Indian journal of veterinary science and animal husbandry - Volume 9,
Year: 1939
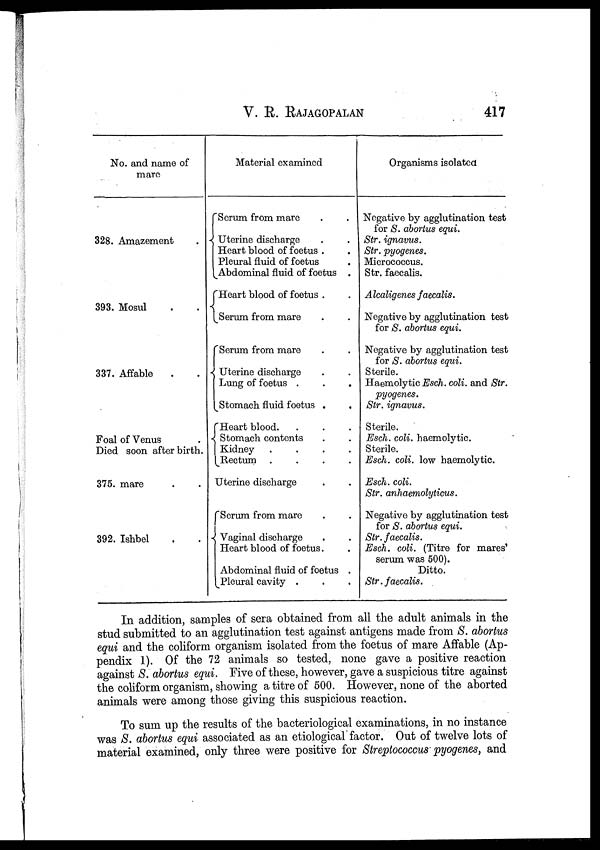
V.
R.
RAJAGOPALAN
417
No. and name of
mare
328. Amazement .
393. Mosul . .
337. Affable . .
Foal of Venus .
Died soon afterbirth.
375. mare . .
392. Ishbel . .
Material examined
Serum from mare . .
Uterine discharge . .
Heart blood of foetus . .
Pleural fluid of foetus . .
Abdominal fluid of foetus .
Heart blood of foetus . .
Serum from mare . .
Serum from mare . .
Uterine discharge . .
Lung of foetus .
Stomach fluid foetus . .
Heart blood.
Stomach contents
Kidney . . . .
Rectum . . . .
Uterine discharge . .
Serum from mare . .
Vaginal discharge . .
Heart blood of foetus. .
Abdominal fluid of foetus .
Pleural cavity . . .
Organisms isolated
Negative by agglutination test
for S. abortus equi.
Str. ignavus.
Str. pyogenes.
Micrococcus
Str. faecalis.
Alcaligenes faecalis.
Negative by agglutination test
for S. abortus equi.
Negative by agglutination test
for S. abortus equi.
Sterile.
Haemolytic Esch. coli. and Str.
pyogenes. Str. ignavus.
Sterile.
Esch. coli. haemolytic.
Sterile.
Esch. coli. low haemolytic.
Esch. coli.
Str. anhaemolyticus.
Negative by agglutination test
for S. abortus equi.
Str. faecalis.
Esch. coli. (Titre for mares'
serum was 500).
Ditto.
Str. faecalis.
In addition, samples of sera obtained from all the adult animals in the
stud submitted to an agglutination test against antigens made from S. abortus
equi and the coliform organism isolated from the foetus of mare Affable (Ap-
pendix 1). Of the 72 animals so tested, none gave a positive reaction
against S. abortus equi. Five of these, however, gave a suspicious titre against
the coliform organism, showing a titre of 500. However, none of the aborted
animals were among those giving this suspicious reaction.
To sum up the results of the bacteriological examinations, in no instance
was S. abortus equi associated as an etiological' factor. Out of twelve lots of
material examined, only three were positive for Streptococcus pyogenes, and